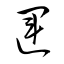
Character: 運